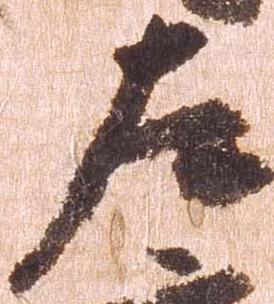
左